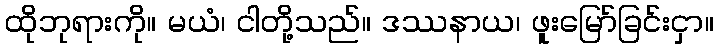
ထိုဘုရားကို။ မယံ၊ ငါတို့သည်။ ဒဿနာယ၊ ဖူးမြော်ခြင်းငှာ။